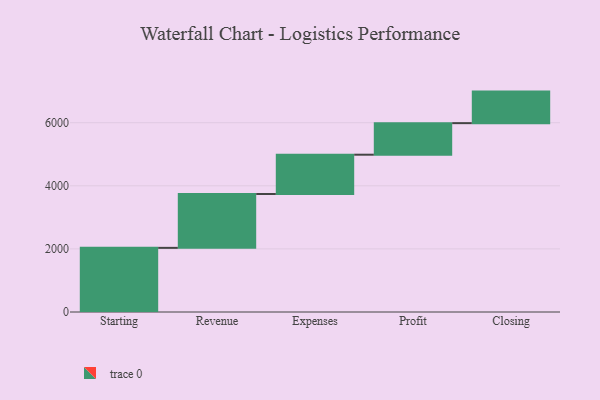
{"axis": {"x": "Step", "y": "Value"}, "legend": [""], "data": [{"x": "Starting", "y": 2033.0, "type": ""}, {"x": "Revenue", "y": 1707.0, "type": ""}, {"x": "Expenses", "y": 1246.0, "type": ""}, {"x": "Profit", "y": 1000, "type": ""}, {"x": "Closing", "y": 1000, "type": ""}]}